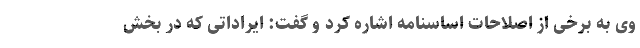
وی به برخی از اصلاحات اساسنامه اشاره کرد و گفت: ایراداتی که در بخش